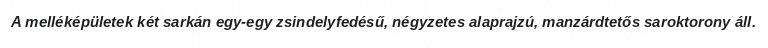
A melléképületek két sarkán egy-egy zsindelyfedésű, négyzetes alaprajzú, manzárdtetős saroktorony áll.